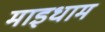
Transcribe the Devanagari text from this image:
माइधाम